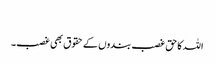
​
اللہ کا حق غصب بندوں کے حقوق بھی غصب۔